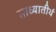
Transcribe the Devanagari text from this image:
साध्यातीर्थ